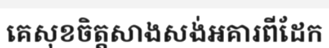
គេសុខចិត្តសាងសង់អគារពីដែក